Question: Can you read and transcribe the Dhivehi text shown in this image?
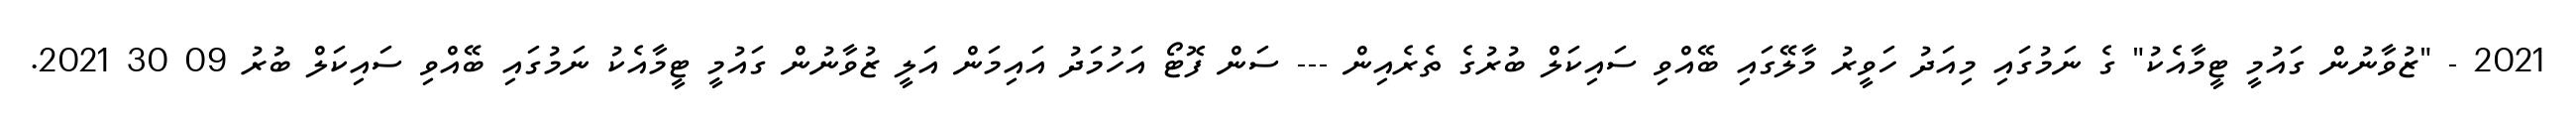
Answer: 2021 - "ޒުވާނުން ގައުމީ ޓީމާއެކު" ގެ ނަމުގައި މިއަދު ހަވީރު މާލޭގައި ބޭއްވި ސައިކަލް ބުރުގެ ތެރެއިން --- ސަން ފޮޓޯ އަހުމަދު އައިމަން އަލީ ޒުވާނުން ގައުމީ ޓީމާއެކު ނަމުގައި ބޭއްވި ސައިކަލް ބުރު 09 30 2021.